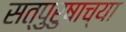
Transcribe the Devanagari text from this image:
सत्पुरुषाच्या